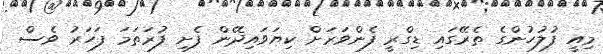
މިއީ ފުލުހުންގެ ތެރޭގައި ޑިގްރީ ފެންވަރަށް ކިޔަވައިދޭން ފެށި ފުރަތަމަ ފަހަރު ވެސް